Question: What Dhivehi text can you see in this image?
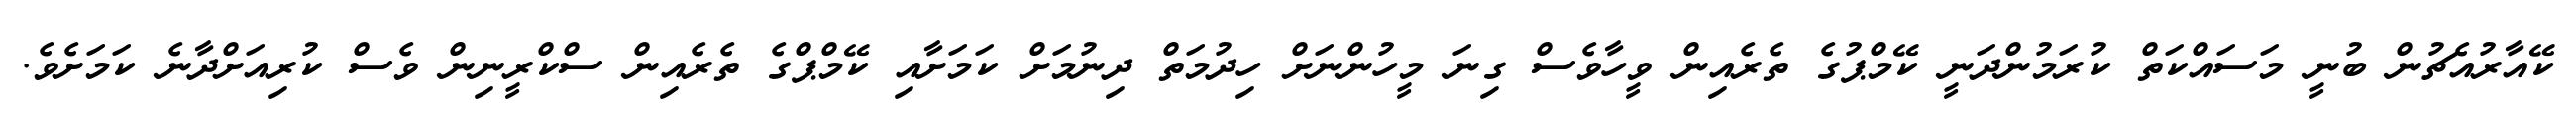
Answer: ކޭއާރުއެޗުން ބުނީ މަސައްކަތް ކުރަމުންދަނީ ކޭމްޕުގެ ތެރެއިން ވީހާވެސް ގިނަ މީހުންނަށް ހިދުމަތް ދިނުމަށް ކަމަށާއި ކޭމްޕްގެ ތެރެއިން ސްކްރީނިން ވެސް ކުރިއަށްދާނެ ކަމަށެވެ.